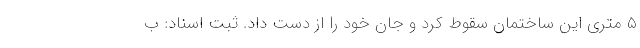
۵ متری این ساختمان سقوط کرد و جان خود را از دست داد. ثبت اسناد: ب